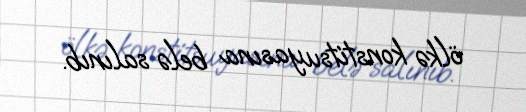
ölkə konstitsuyasına belə salınıb.